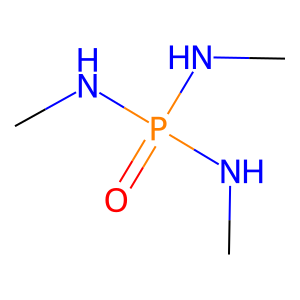
SMILES: CNP(=O)(NC)NC
Inhibits HIV replication: No